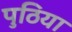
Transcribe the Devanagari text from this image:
पुठिया